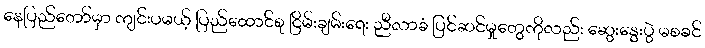
နေပြည်တော်မှာ ကျင်းပမယ့် ပြည်ထောင်စု ငြိမ်းချမ်းရေး ညီလာခံ ပြင်ဆင်မှုတွေကိုလည်း ဆွေးနွေးပွဲ မစခင်